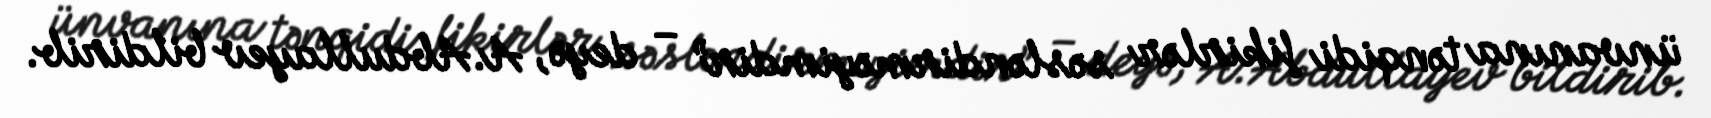
ünvanına tənqidi fikirlər səsləndirməyimdir” – deyə, A.Abdullayev bildirib.